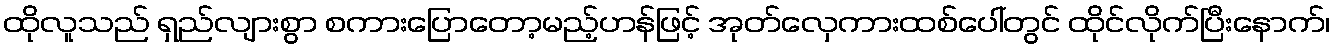
ထိုလူသည် ရှည်လျားစွာ စကားပြောတော့မည့်ဟန်ဖြင့် အုတ်လှေကားထစ်ပေါ်တွင် ထိုင်လိုက်ပြီးနောက်၊